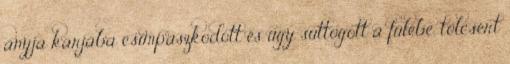
anyja karjába csimpaszkodott és úgy suttogott a fülébe. tölcsért